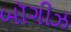
બૉગીઝ